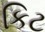
કિટ